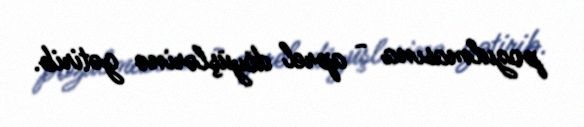
pozulmasına - aprel döyüşlərinə gətirib.